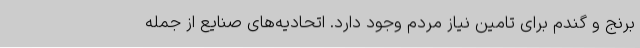
برنج و گندم برای تامین نیاز مردم وجود دارد. اتحادیه‌های صنایع از جمله